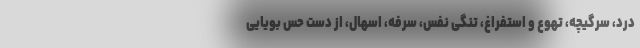
درد، سرگیچه، تهوع و استفراغ، تنگی نفس، سرفه، اسهال، از دست حس بویایی